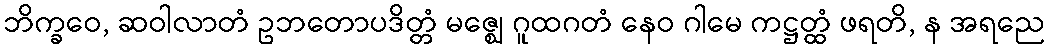
ဘိက္ခဝေ, ဆဝါလာတံ ဥဘတောပဒိတ္တံ မဇ္ဈေ ဂူထဂတံ နေဝ ဂါမေ ကဋ္ဌတ္ထံ ဖရတိ, န အရညေ